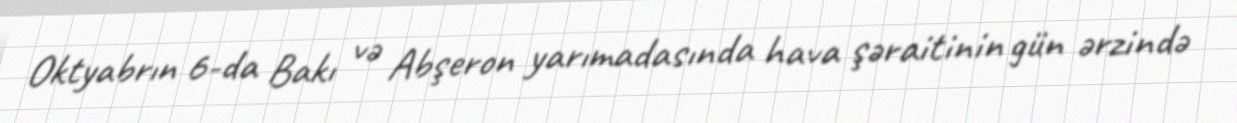
Oktyabrın 6-da Bakı və Abşeron yarımadasında hava şəraitinin gün ərzində